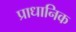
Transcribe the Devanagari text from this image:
प्राधानिक